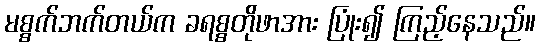
မစ္စက်ဘက်တယ်က ခရစ္စတိုဖာအား ပြုံး၍ ကြည့်နေသည်။